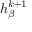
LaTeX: h _ { \beta } ^ { k + 1 }